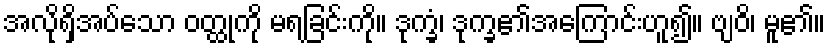
အလိုရှိအပ်သော ဝတ္ထုကို မရခြင်းကို။ ဒုက္ခံ၊ ဒုက္ခ၏အကြောင်းဟူ၍။ ဗျဝိ၊ မူ၏။